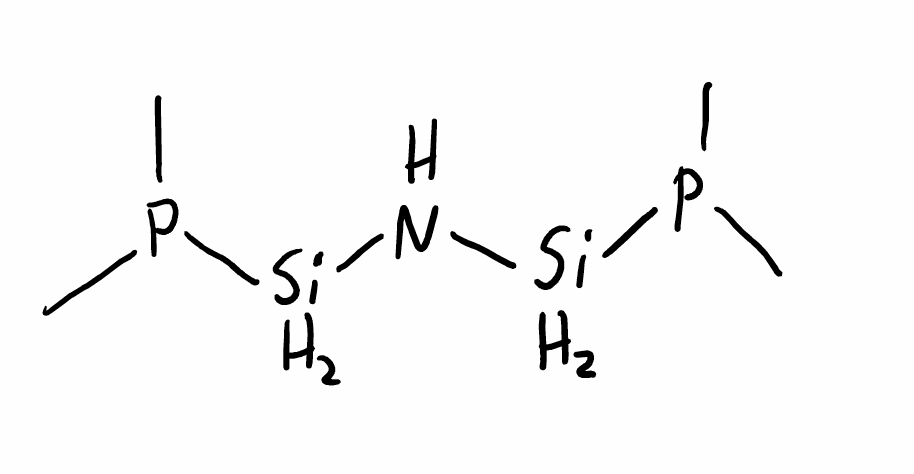
Simplified molecular-input line-entry system (SMILES) notation of the given molecule:
CP(C)[SiH2]N[SiH2]P(C)C